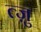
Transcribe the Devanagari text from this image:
त्ज़ु